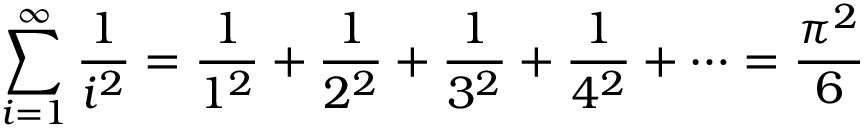
\sum _ { i = 1 } ^ { \infty } { \frac { 1 } { i ^ { 2 } } } = { \frac { 1 } { 1 ^ { 2 } } } + { \frac { 1 } { 2 ^ { 2 } } } + { \frac { 1 } { 3 ^ { 2 } } } + { \frac { 1 } { 4 ^ { 2 } } } + \cdots = { \frac { \pi ^ { 2 } } { 6 } }